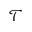
\mathcal { T }